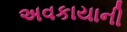
અવકાયાની